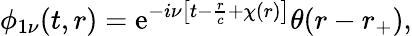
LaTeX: \phi_{1\nu}(t,r)=\mathrm{e}^{-i\nu\left[t-\frac{{r}}{{c}}+\chi(r)\right]}\theta(r-r_{+}),